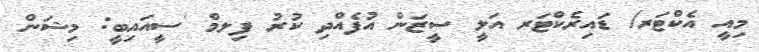
މިއީ އެކްޓަރ/ ޑައިރެކްޓަރ އަލީ ސީޒަން އުފެއްދި ކުރު ފިލމް 'ސީއައިބީ: މިޝަން